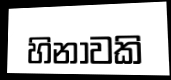
හිනාවකි